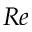
R e